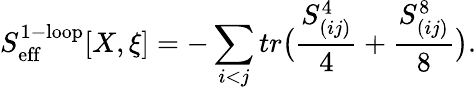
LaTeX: S_{\mathrm{eff}}^{\mathrm{1-loop}}[X,\xi]=-\sum_{i<j}tr\bigl(\frac{S_{(ij)}^{4}}{4}+\frac{S_{(ij)}^{8}}{8}\bigr).